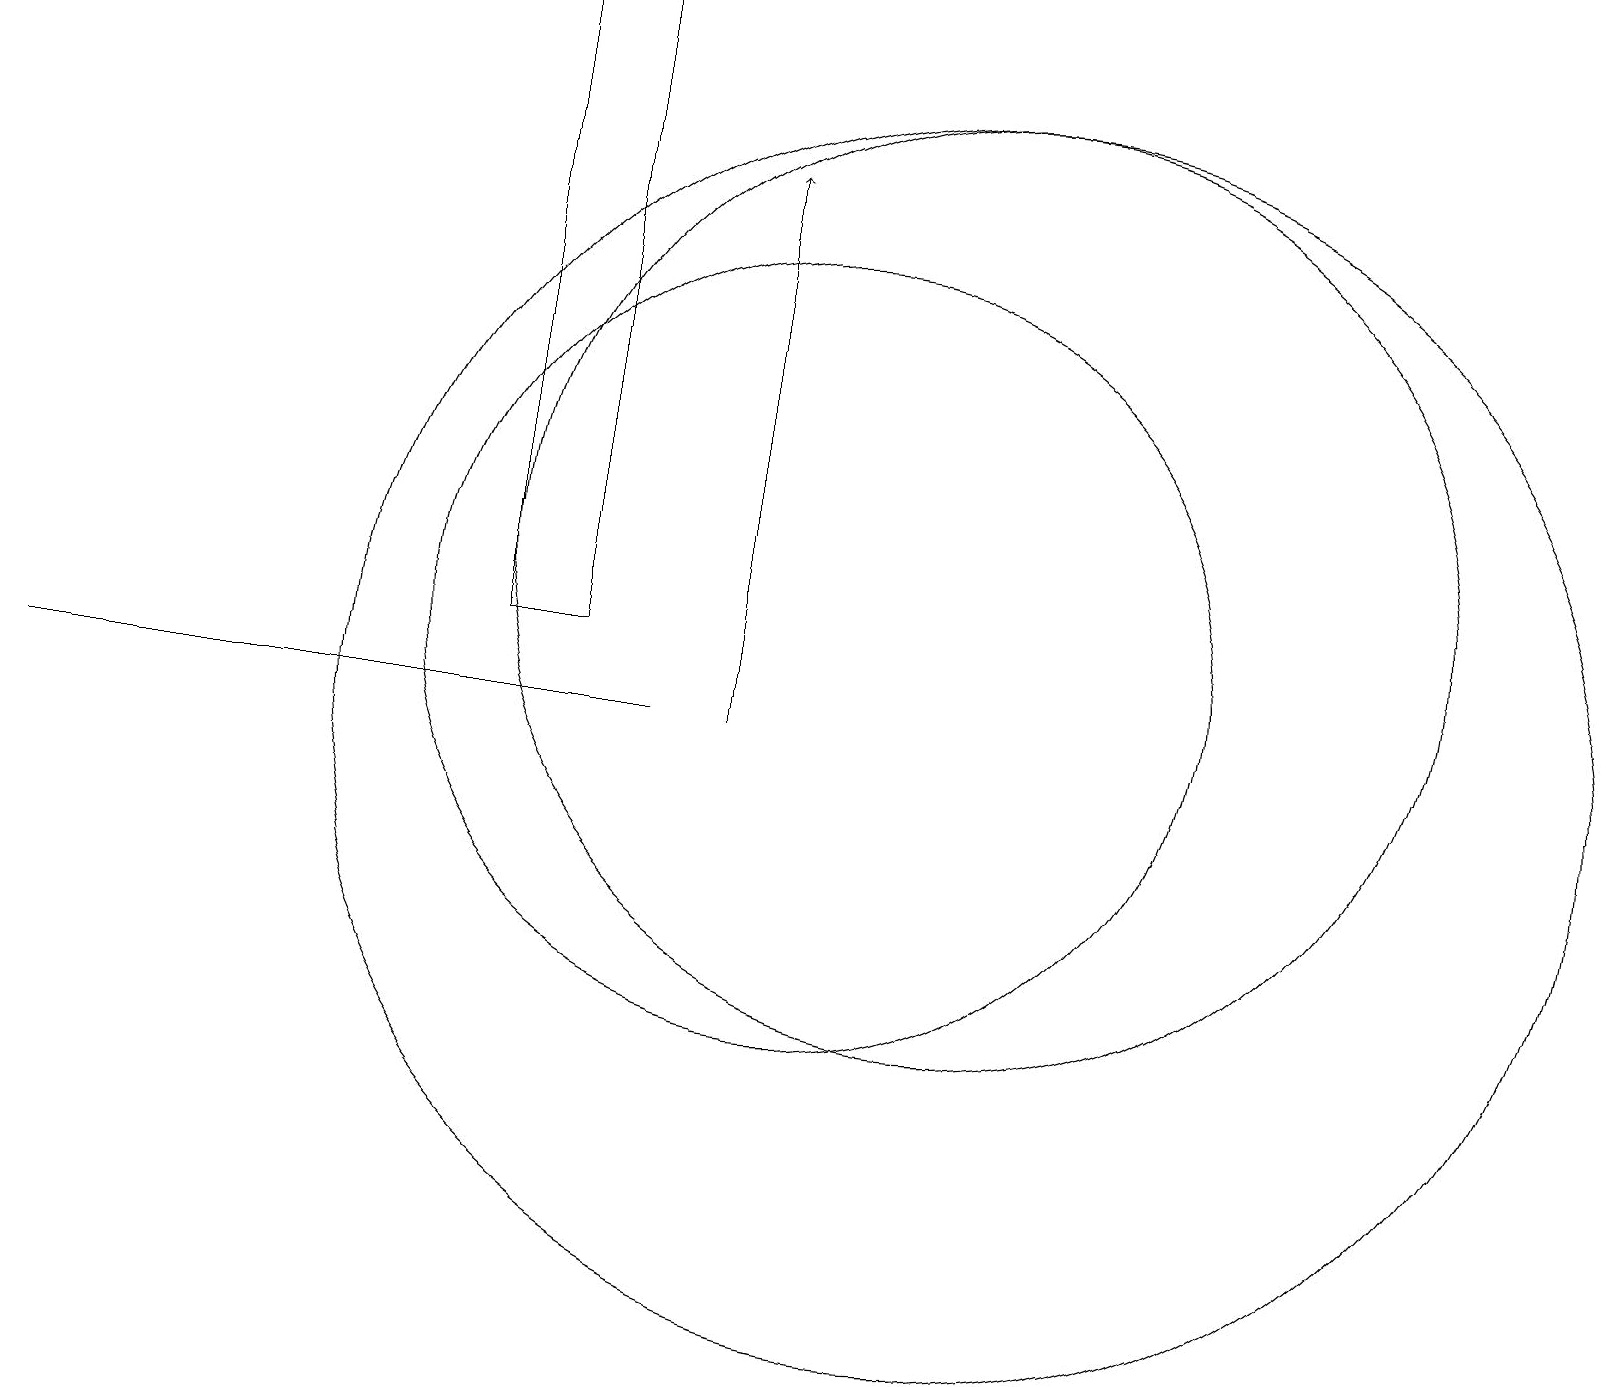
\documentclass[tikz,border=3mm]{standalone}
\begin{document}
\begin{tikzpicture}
\draw (12,12) circle (6);
\draw (0,10) rectangle (8,10);
\draw[->] (9,10) -- (9,17);
\draw (6,11) rectangle (7,19);
\draw (10,11) circle (5);
\draw (12,10) circle (8);
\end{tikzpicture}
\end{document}